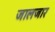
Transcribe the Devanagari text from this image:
जालजार